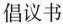
倡议书